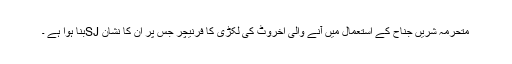
متحرمہ شریں جناح کے استعمال میں آنے والی اخروٹ کی لکڑی کا فرنیچر جس پر ان کا نشان SJبنا ہوا ہے ۔